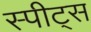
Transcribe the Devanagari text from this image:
स्पीट्स